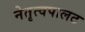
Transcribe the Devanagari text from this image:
नेतृत्वपालट